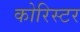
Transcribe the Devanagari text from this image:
कोरिस्टर